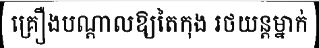
គ្រឿងបណ្តាលឱ្យតៃកុង រថយន្តម្នាក់